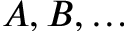
A , B , \ldots